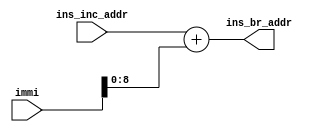
`timescale 1ns / 1ps
//////////////////////////////////////////////////////////////////////////////////
// Company: 
// Engineer: 
// 
// Design Name: 
// Module Name:    Br_adder 
// Project Name: 
// Target Devices: 
// Tool versions: 
// Description: 
//
// Dependencies: 
//
// Revision: 
// Revision 0.01 - File Created
// Additional Comments: 
//
//////////////////////////////////////////////////////////////////////////////////
module Br_adder(
    input [8:0] ins_inc_addr,
    input [11:0] immi,
    output [8:0] ins_br_addr
    );
	 
	 reg [11:0] buffer;
	 
	 assign ins_br_addr[8:0] = buffer[8:0];
	 
	 always @(*)
	 begin
		buffer = ins_inc_addr + immi;
	 end

endmodule